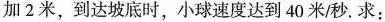
加2米，到达坡底时，小球速度达到40米/秒。求：